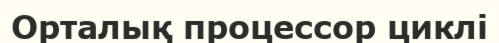
Орталық процессор циклі